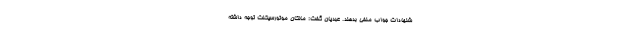
شنهادات جواب منفی بدهند. عبدیان گفت: مالکان موتورسیکلت توجه داشته